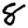
Digit: 8